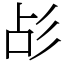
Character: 㣌